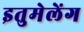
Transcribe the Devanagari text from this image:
इतुमेलेंग